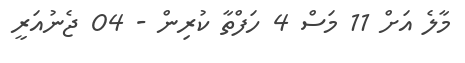
މާލެ އަށް 11 މަސް 4 ހަފްތާ ކުރިން - 04 ޖެނުއަރީ